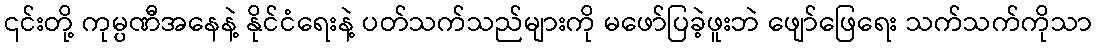
၎င်းတို့ ကုမ္ပဏီအနေနဲ့ နိုင်ငံရေးနဲ့ ပတ်သက်သည်များကို မဖော်ပြခဲ့ဖူးဘဲ ဖျော်ဖြေရေး သက်သက်ကိုသာ